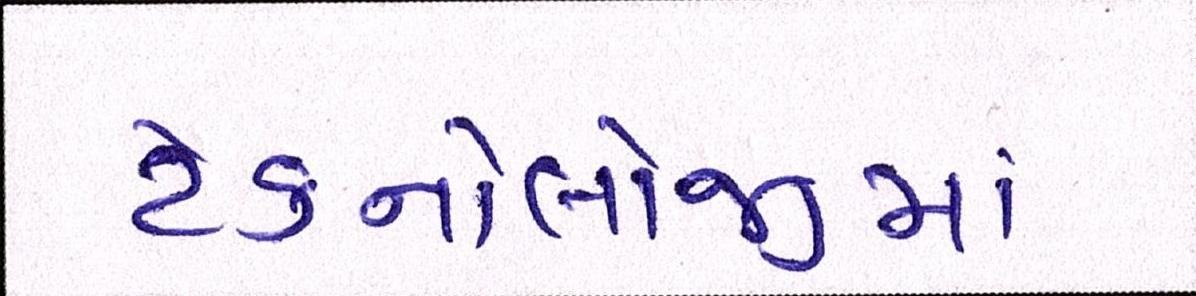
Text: ટેક્નોલોજીમાં